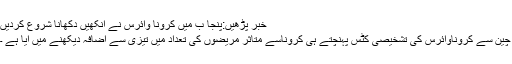
خبر پڑھیں:پنجا ب میں کرونا وائرس نے آنکھیں دکھانا شروع کردیں
چین سے کروناوائرس کی تشخیصی کٹس پہنچتے ہی کروناسے متاثر مریضوں کی تعداد میں تیزی سے اضافہ دیکھنے میں آیا ہے ۔